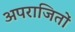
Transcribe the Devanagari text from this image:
अपराजितों